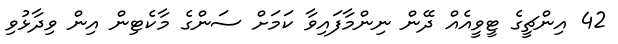
42 އިންޗީގެ ޓީވީއެއް ދޭން ނިންމާފައިވާ ކަމަށް ސަންގެ މާކެޓިން އިން ވިދާޅުވި